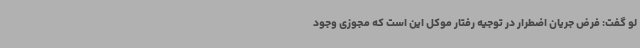
لو گفت: فرض جریان اضطرار در توجیه رفتار موکل این است که مجوزی وجود